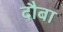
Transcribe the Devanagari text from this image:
दौबा